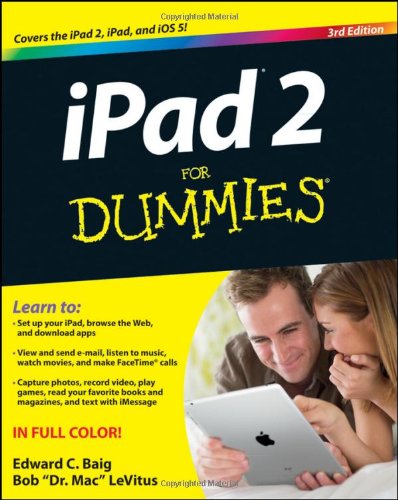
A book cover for iPad 2 For Dummies; Edward C. Baig; Computers & Technology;